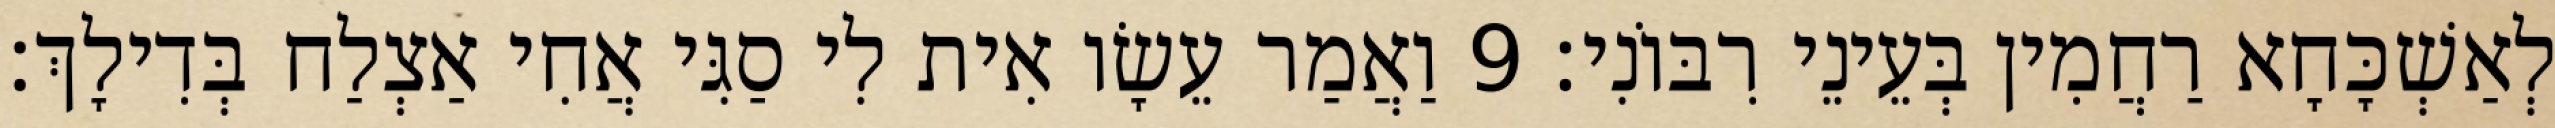
לְאַשְׁכָּחָא רַחֲמִין בְּעֵינֵי רִבּוֹנִי׃ 9 וַאֲמַר עֵשָׂו אִית לִי סַגִּי אֲחִי אַצְלַח בְּדִילָךְ׃